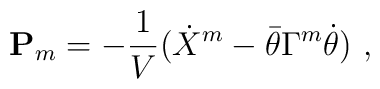
{\bf P}_{m}= -{1\over V} (\dot X^m - \bar \theta \Gamma^m \dot \theta) \ ,